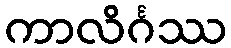
ကာလိင်္ဂဿ